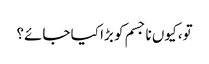
تو، کیوں نا جسم کو بڑا کیا جائے؟